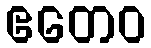
ဧတေဝ